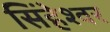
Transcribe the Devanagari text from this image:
सिंहेश्वर